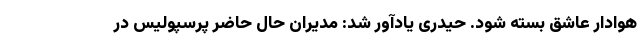
هوادار عاشق بسته شود. حیدری یادآور شد: مدیران حال حاضر پرسپولیس در